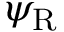
\psi _ { \mathrm { { R } } }